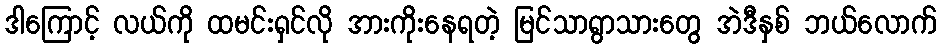
ဒါကြောင့် လယ်ကို ထမင်းရှင်လို အားကိုးနေရတဲ့ မြင်သာရွာသားတွေ အဲဒီနှစ် ဘယ်လောက်